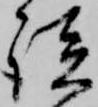
談